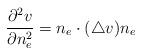
LaTeX: \begin{align*} \frac{\partial^2 v}{\partial n_e^2} = n_e \cdot (\triangle v) n_e\end{align*}